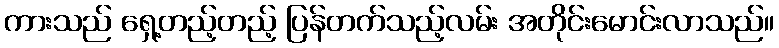
ကားသည် ရှေ့တည့်တည့် ပြန်တက်သည့်လမ်း အတိုင်းမောင်းလာသည်။